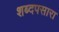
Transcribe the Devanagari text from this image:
शब्दपसारा